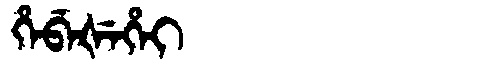
Manchu: ᡥᡝᠪᡝᡧᡝᡥᡝᡳ
Romanization: HEBEŠEHEI